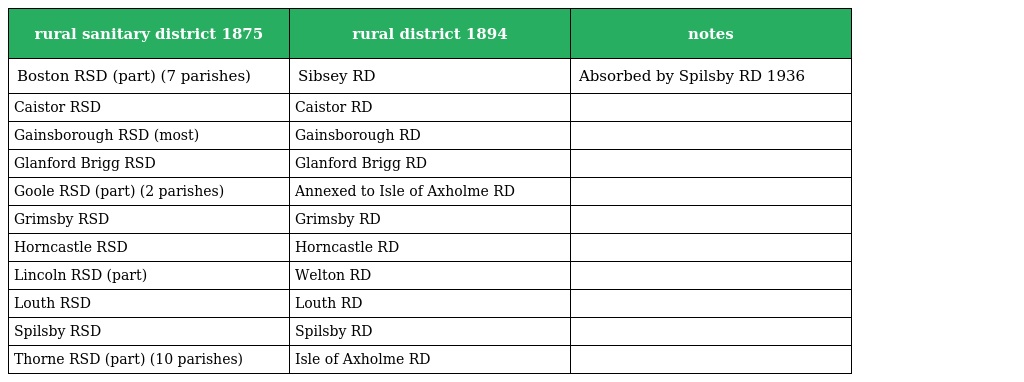
| rural sanitary district 1875 | rural district 1894 | notes |
 | --- | --- | --- |
 | Boston RSD (part) (7 parishes) | Sibsey RD | Absorbed by Spilsby RD 1936 |
 | Caistor RSD | Caistor RD |  |
 | Gainsborough RSD (most) | Gainsborough RD |  |
 | Glanford Brigg RSD | Glanford Brigg RD |  |
 | Goole RSD (part) (2 parishes) | Annexed to Isle of Axholme RD |  |
 | Grimsby RSD | Grimsby RD |  |
 | Horncastle RSD | Horncastle RD |  |
 | Lincoln RSD (part) | Welton RD |  |
 | Louth RSD | Louth RD |  |
 | Spilsby RSD | Spilsby RD |  |
 | Thorne RSD (part) (10 parishes) | Isle of Axholme RD |  |